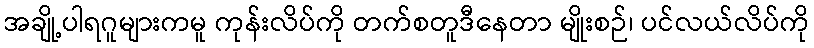
အချို့ပါရဂူများကမူ ကုန်းလိပ်ကို တက်စတူဒီနေတာ မျိုးစဉ်၊ ပင်လယ်လိပ်ကို